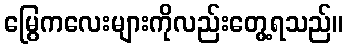
မြွေကလေးများကိုလည်းတွေ့ရသည်။